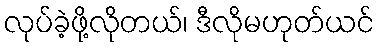
လုပ်ခဲ့ဖို့လိုတယ်၊ ဒီလိုမဟုတ်ယင်